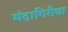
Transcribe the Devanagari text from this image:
मंदागिरीचा